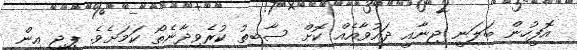
އޮފީހުން ބަލަނީ ޖިނާއީ ދައުވާއެއް ކޮށް ސާބިތު ކުރެވިދާނެތޯ ކަމަށެވެ. ޕީޖީ އިން